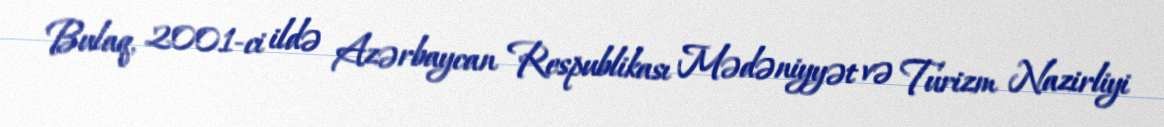
Bulaq, 2001-ci ildə Azərbaycan Respublikası Mədəniyyət və Turizm Nazirliyi